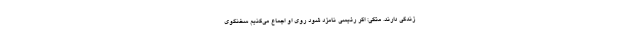
زندگی دارند. متکی: اگر رئیسی نامزد شود روی او اجماع می‌کنیم سخنگوی